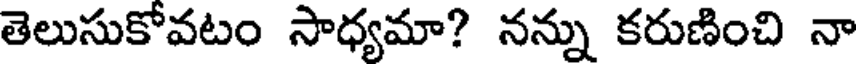
తెలుసుకోవటం సాధ్యమా? నన్ను కరుణించి నా